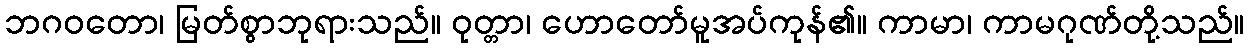
ဘဂဝတော၊ မြတ်စွာဘုရားသည်။ ဝုတ္တာ၊ ဟောတော်မူအပ်ကုန်၏။ ကာမာ၊ ကာမဂုဏ်တို့သည်။